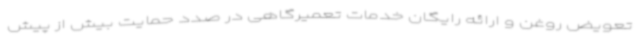
تعویض روغن و ارائه رایگان خدمات تعمیرگاهی در صدد حمایت بیش از پیش